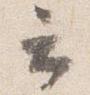
云